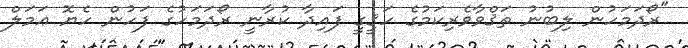
"ރޯދަމަހުން ލިބުނު ތަޤްވާވެރިކަމުގެ ހަޤީގީ ފައިދާ ކުރާނީ ރޯދަމަހުގެ ފަހުން ހެޔޮ ޢަމަލް